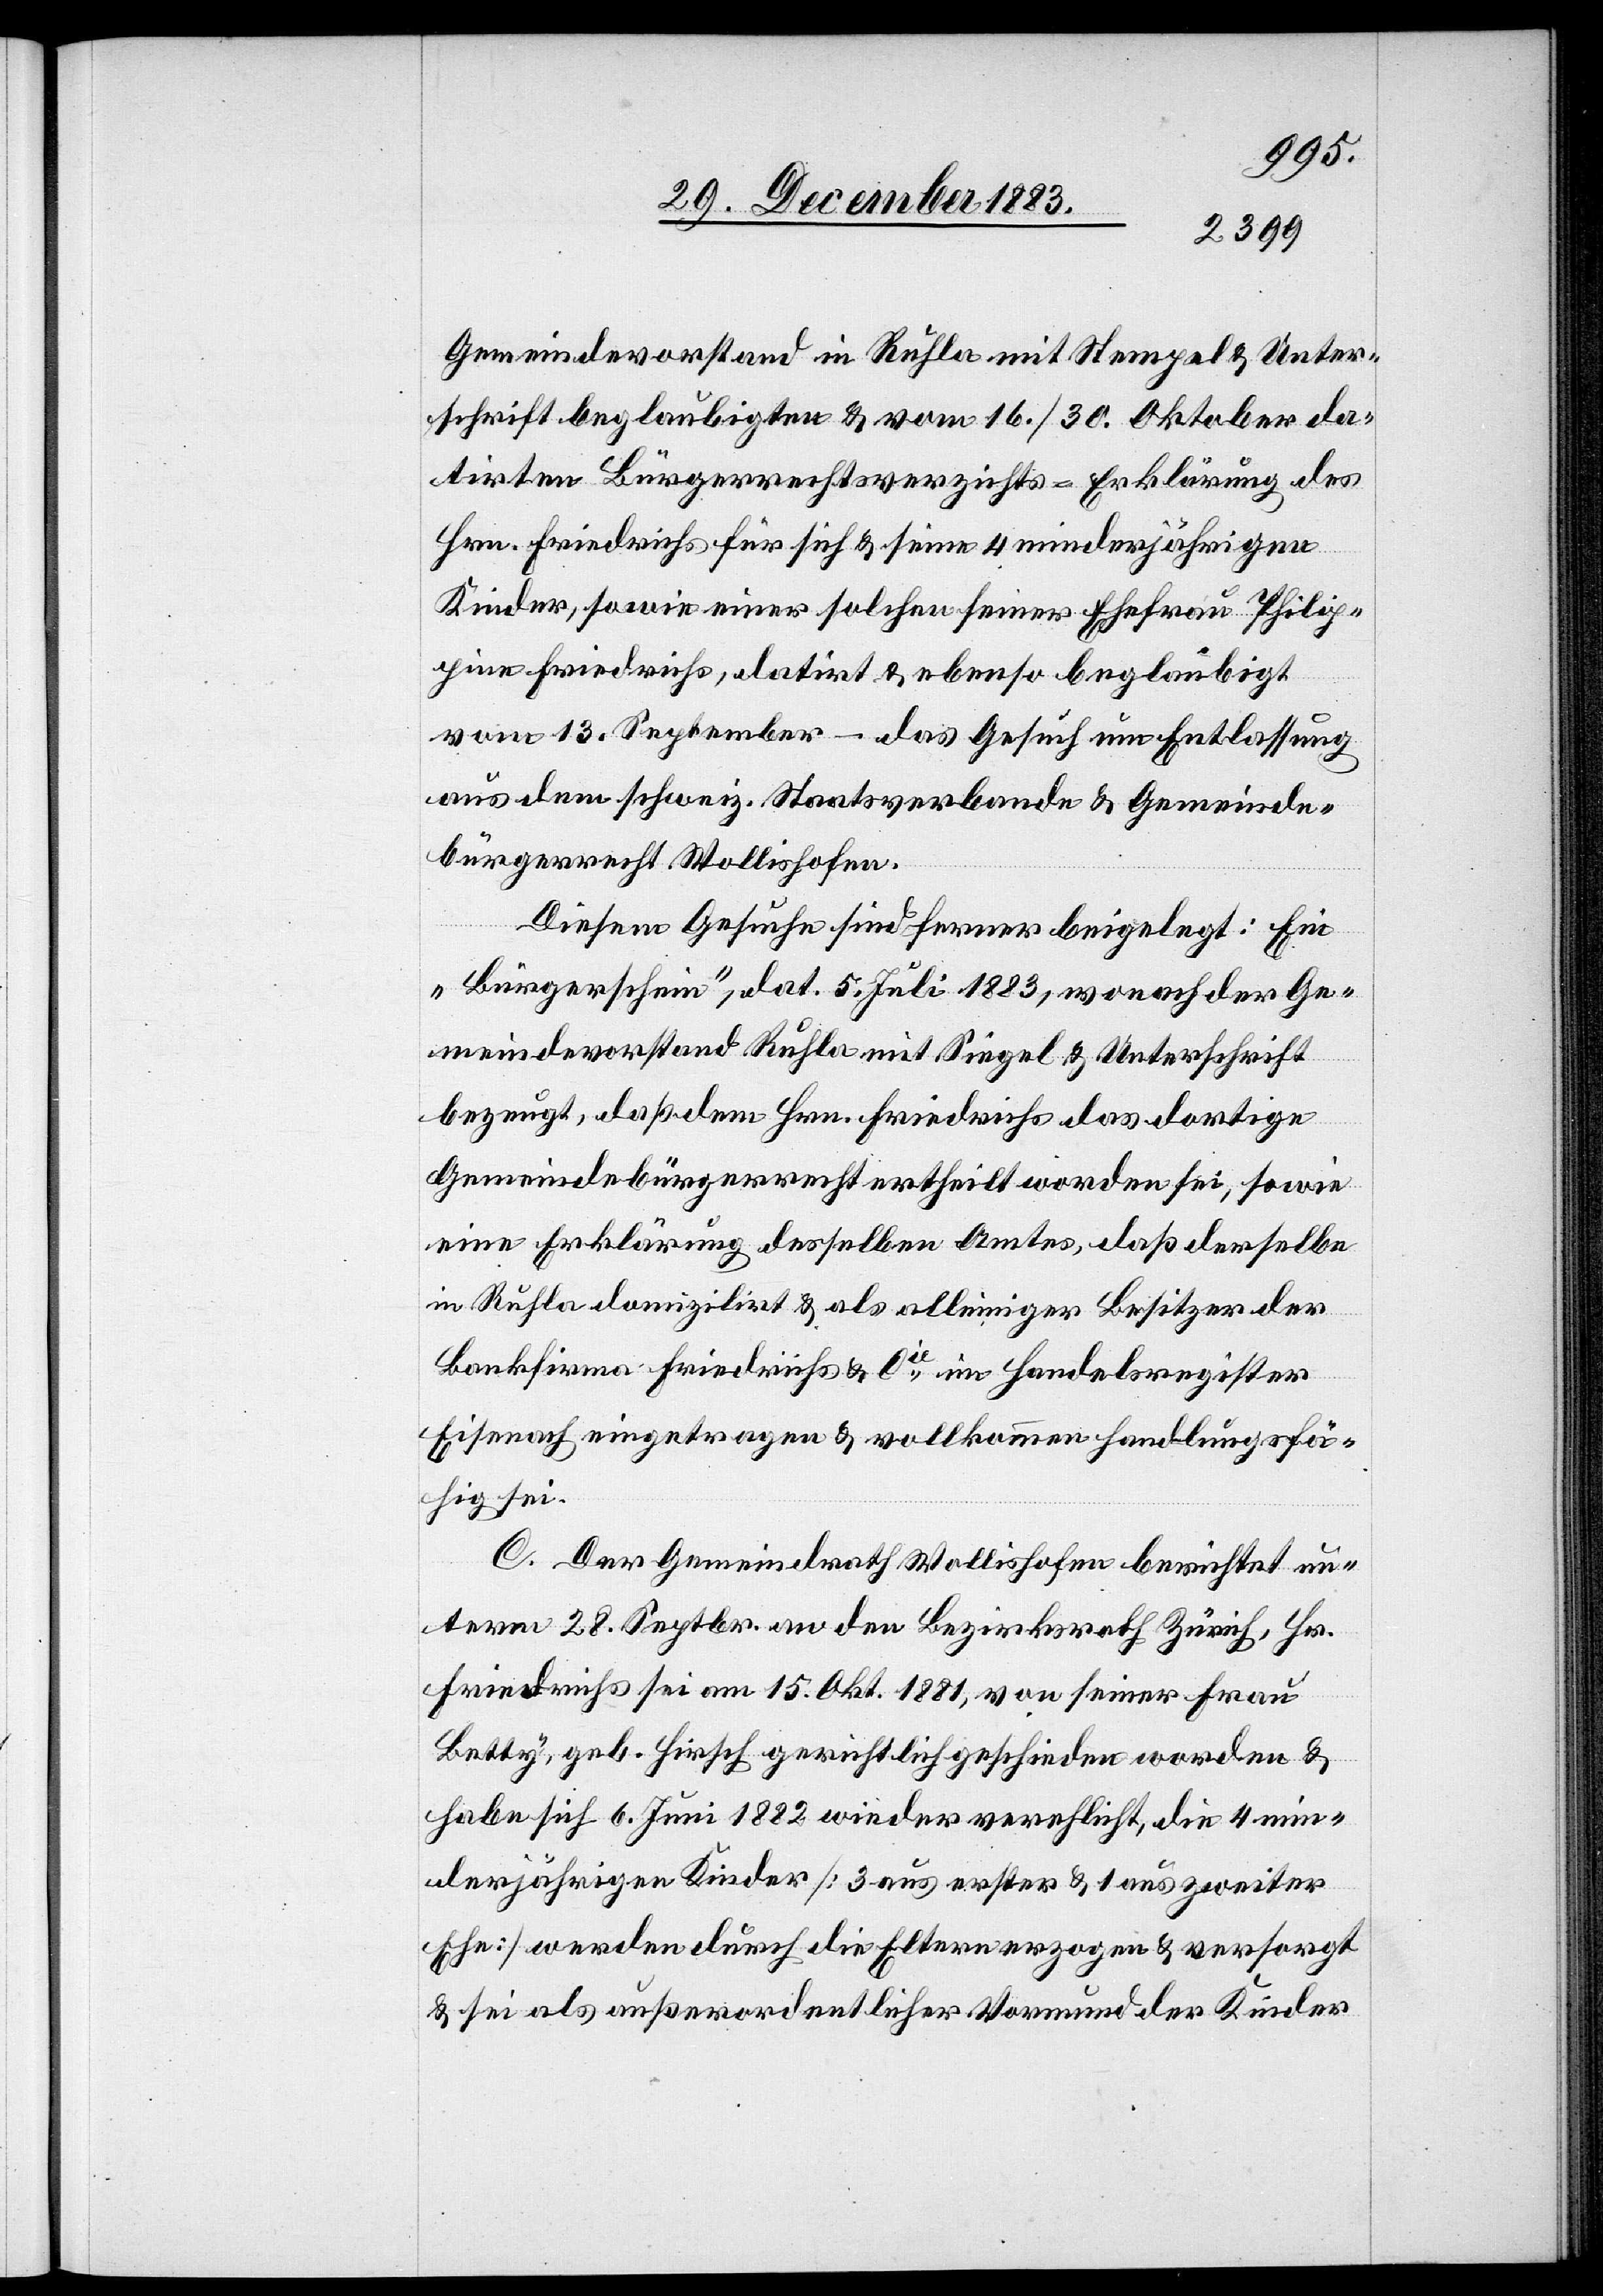
Gemeindevorstand in Ruhla mit Stempel & Unter¬
schrift beglaubigte & vom 16./30. Oktober da¬
tirten Bürgerrechtsverzichts-Erklärung des
Hrn. Friedrichs für sich & seine 4 minderjährigen
Kinder, sowie einer solchen seiner Ehefrau Philip¬
pine Friedrichs, datirt & ebenso beglaubigt
vom 13. September – das Gesuch um Entlassung
aus dem schweiz. Staatsverbande & Gemeinde¬
bürgerrecht Wollishofen.
Diesem Gesuche sind ferner beigelegt: Ein
„Bürgerschein“, dat. 5. Juli 1883, wonach der Ge¬
meindevorstand Ruhla mit Siegel & Unterschrift
bezeugt, daß dem Hrn. Friedrichs das dortige
Gemeindebürgerrecht ertheilt worden sei, sowie
eine Erklärung desselben Amtes, daß derselbe
in Ruhla domizilirt & als alleiniger Besitzer der
Bankfirma Friedrichs & Cie, im Handelsregister
Eisenach eingetragen & vollkommen Handlungsfä¬
hig sei.
C. Der Gemeindrath Wollishofen berichtet un¬
term 28. Septbr. an den Bezirksrath Zürich, Hr.
Friedrichs sei am 15. Okt. 1881, von seiner Frau
Betty, geb. Hirsch gerichtlich geschieden worden &
habe sich [am] 6. Juni wieder verehelicht, die 4 min¬
derjährigen Kinder [3 aus erster & 1 aus zweiter
Ehe] werden durch die Eltern erzogen & versorgt
& sei als außerordentlicher Vormund der Kinder